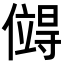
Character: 𪝯